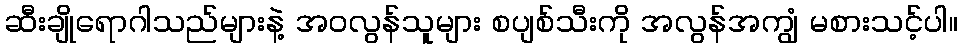
ဆီးချိုရောဂါသည်များနဲ့ အဝလွန်သူများ စပျစ်သီးကို အလွန်အကျွံ မစားသင့်ပါ။